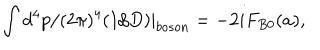
\int d ^ { 4 } p / ( 2 \pi ) ^ { 4 } ( 1 / D ) | _ { b o s o n } = - 2 i F _ { B 0 } ( a ) ,